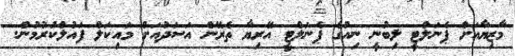
މާޒިޔާއަށް ޕެނަލްޓީ ލިބުނީ ނިއުގެ ޕެނަލްޓީ އޭރިޔާ ތެރޭން އަސަދުއަށް މައިކަލް ފައުލްކުރުމުން.